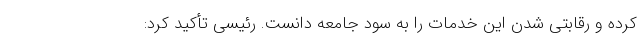
کرده و رقابتی شدن این خدمات را به سود جامعه دانست. رئیسی تأکید کرد: